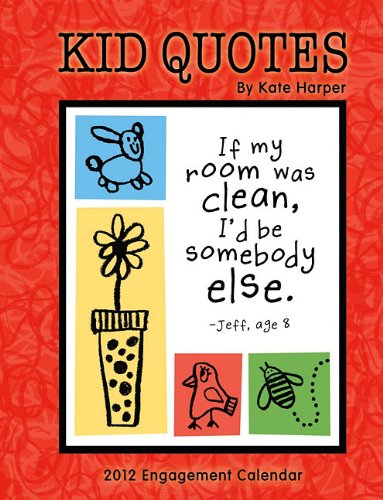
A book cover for Kid Quotes 2012 Engagement Calendar - A Year of Whimsy for Moms on the Go!; Kate Harper; Calendars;